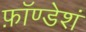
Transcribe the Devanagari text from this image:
फ़ॉण्डेशं